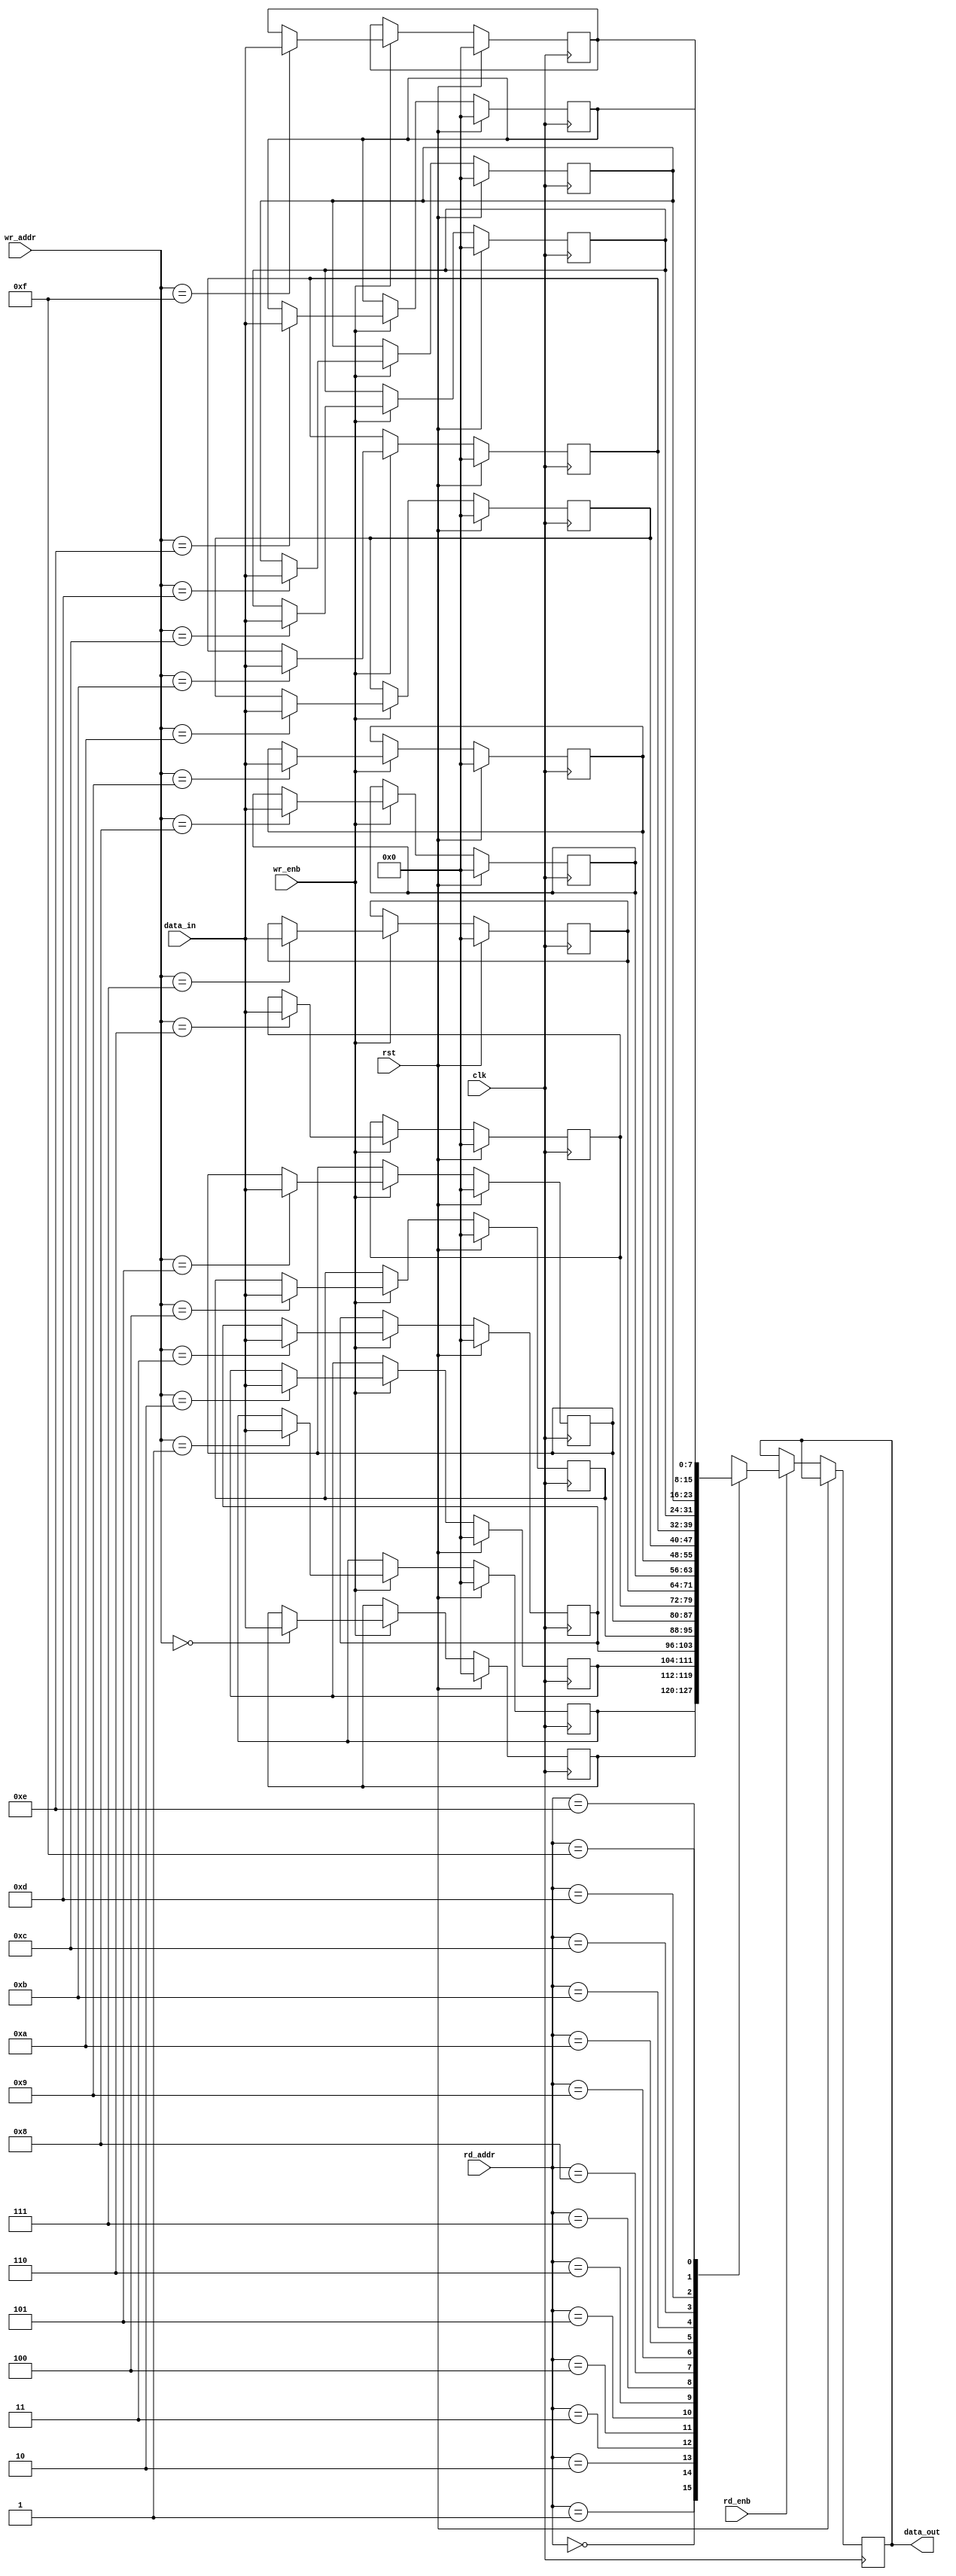
module dp_ram_16x8 (clk,
                    wr_enb,
                    rd_enb,
                    rst,
                    rd_addr,
                    wr_addr,
                    data_in,
                    data_out);
    
    parameter RAM_WIDTH =  8;
    parameter RAM_DEPTH =  16;
    parameter ADDR_SIZE =  4;

    input clk,wr_enb,rd_enb,rst;
    input [3:0] rd_addr,wr_addr;
    input [RAM_WIDTH - 1:0] data_in;
    output reg [RAM_WIDTH - 1: 0] data_out;

    reg [RAM_WIDTH - 1: 0]mem[RAM_DEPTH-1:0];

    integer i;

    always @(posedge clk)
    begin
        if(rst)
            begin
                for(i=0; i<RAM_DEPTH; i = i+1)
                    mem[i] = 0;
            end
        else
            begin
                if(wr_enb)
                    mem[wr_addr] <= data_in;
                if(rd_enb)
                    data_out <= mem[rd_addr];
            end
    end
endmodule